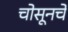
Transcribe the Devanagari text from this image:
चोसूनचे